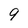
Character: 9